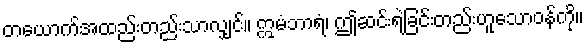
တယောက်အထည်းတည်းသာလျှင်။ ဣမံဘာရံ၊ ဤဆင်းရဲခြင်းတည်းဟူသောဝန်ကို။